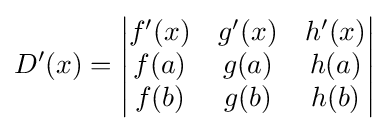
D'(x)={\begin{vmatrix}f'(x)&g'(x)&h'(x)\\f(a)&g(a)&h(a)\\f(b)&g(b)&h(b)\end{vmatrix}}